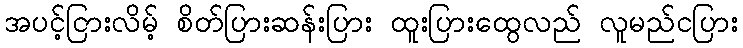
အပင့်ငြားလိမ့် စိတ်ပြားဆန်းပြား ထူးပြားထွေလည် လူမည်ငပြား